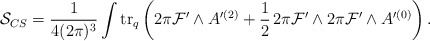
\begin{align*}{\cal S}_{CS}= \frac{1}{4(2\pi)^{3}}\int {\rm tr}_{q} \left(2\pi{\cal F}' \wedge A'^{(2)}+ \frac{1}{2}\, 2\pi {\cal F}' \wedge 2\pi {\cal F}'\wedge A'^{(0)}\right).\end{align*}